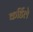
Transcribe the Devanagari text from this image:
कर्डिले